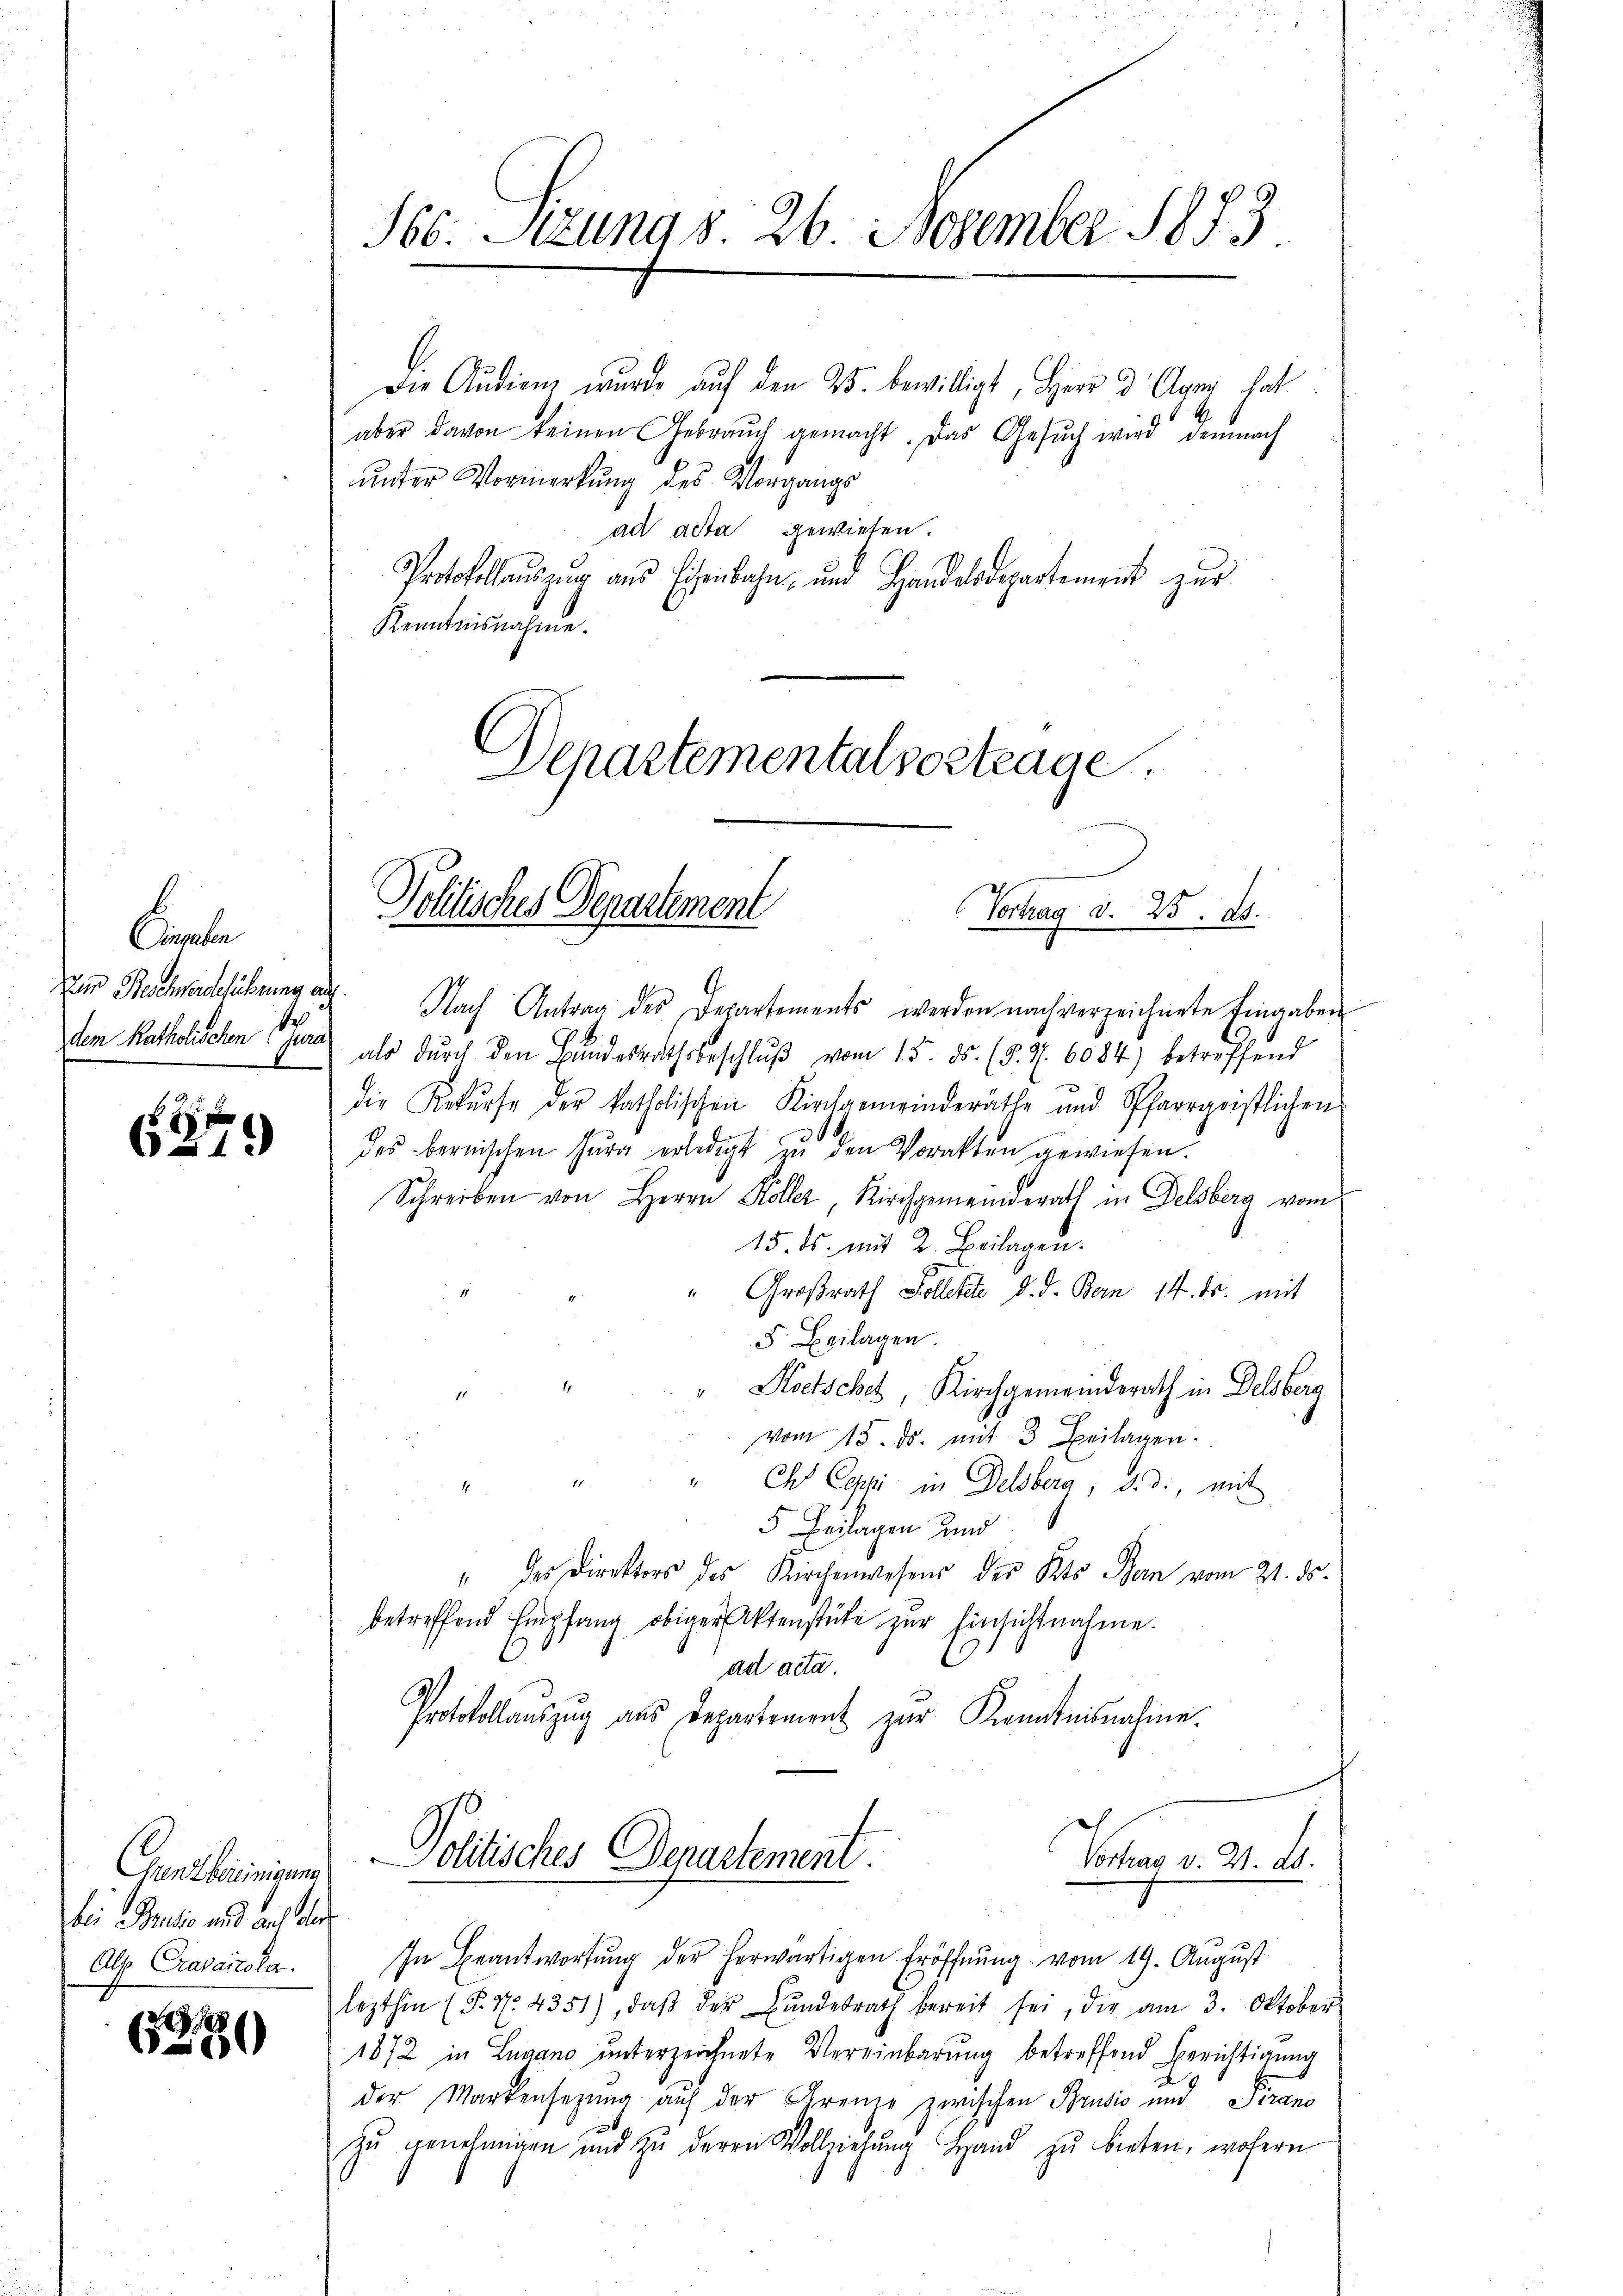
Eingaben
Zur Beschwerdeführung an
dem Katholischen de

(27.

Gantbereinigung
bei Paulio und auch aber
Als Cravaitola.

9
650

16. Stzungs. 26 November 1883

Die Audien wurde auf den 25. bewilligt, Herr d Agny hat
aber davon keinen Gebraŭch gemacht. Das Gesŭch wird demnach
unter Vormerkung des Vorgangs
ad acta gewiesen.
Protokollaŭszŭg aŭs Eisenbahn, ŭm Handelsdepartement zur
Kenntnisnahme.
epartementalsostrage.

Politisches Departement
u
Vortrag d. 25. ds.

. Nach Antrag des Departements werden nach verzeichnete Eingaben
als dŭrch den Bŭndesrathsbeschlŭβ vom 15. ds. (§. 7. 6084) betreffend
die Rekŭrse der katholischen Kirchgemeinderäthe und Pfarrgeistlichen
des bernischen Hŭra erledigt zŭ den Vorakten gewiesen.
Schreiben von Herrn Köller, Kirchgemeinderath in Delsberg vom
.
15. ds. mit 2. Beilagen.
Großrath Kolletete d. d. Bern 14. ds. mit
5. Beilagen.
"Koetsches Kirchgemeinderath in Delsberg
vom 15. ds. mit 3 Beilagen.
Ch Coppi in Delsberg, d. d., mit
5 Beilagen und
" des Direktors des Kirchenwesens des Kts. Bern vom 21. ds.
betreffend Empfang obiger Aktenstücke zur Einsichtnahme.
E
ad acta.
Protokollaŭszŭg aŭs Departement zur Kenntnisnahme.
olitisches Denartement
Vortrag v. 24. ds.
In Beantwortŭng der herwärtigen Eröffnŭng vom 19. Aŭgŭst
lezthin (§. N. 4351), daβ der Bŭndesrath bereit sei, die am 3. Oktober
1872 in Lugano unterzeichnete Vereinbarung betreffend Berichtigung
der Markensezung auf der Grenze zwischen Brusis und Pirano
zŭ genehmigen und zŭ deren Vollziehŭng Hand zŭ bieten, wofern